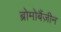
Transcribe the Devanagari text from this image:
ब्रोमोबैंज़ीन